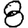
Digit: 8